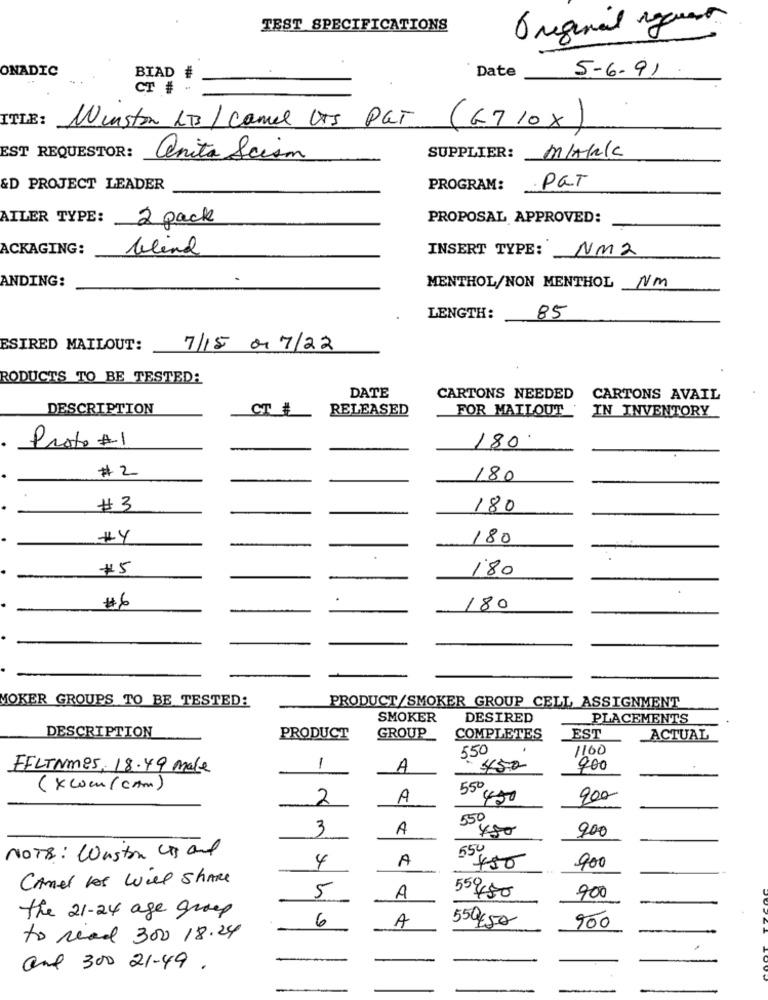
TEST SPECIFICATIONS
6 reginail request
ONADIC
5-6-91
BIAD #
Date
CT # -
ITLE:
Winston LTS / Camel LTS PUT
(6710X)
EST REQUESTOR:
anita Scism
SUPPLIER: M/Ahl
&D PROJECT LEADER
PROGRAM:
PQT
AILER TYPE:
2 pack
PROPOSAL APPROVED:
ACKAGING:
blind
INSERT TYPE: NM2
ANDING:
MENTHOL/NON MENTHOL NM
LENGTH:
85
ESIRED MAILOUT:
7/15 01 7/22
RODUCTS TO BE TESTED:
DATE
CARTONS NEEDED CARTONS AVAIL
DESCRIPTION
CT #
RELEASED
FOR MAILOUT '
IN INVENTORY
180.
Proto #1
# 2
-
180
# 3
180
180
#5
180
.
# 6
180
MOKER GROUPS TO BE TESTED:
PRODUCT/SMOKER GROUP CELL ASSIGNMENT
SMOKER
DESIRED
PLACEMENTS
DESCRIPTION
GROUP
COMPLETES
PRODUCT
EST
ACTUAL
550
1100
EFLENME5, 18.49 male
1
A
450
900
( xcen (com)
550
2
A
450
900
550
3
A
400
900
550
NOTE: Waston us and
4
A
900
450
Canet hos Will Share
55 450
900
5
A
the 21-24 age group
6
A
550€50
900
to read 300 18.24
and 300 21-49 .